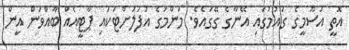
އޮތީ އަސޫމީގެ ގައުމުގައި އޭނާގެ ގޭގައެވެ. މަންމަގެ އުފަލަށްޓަކައި ޕާޓީއެއް ބާއްވަން އީން